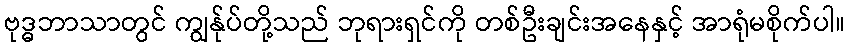
ဗုဒ္ဓဘာသာတွင် ကျွန်ုပ်တို့သည် ဘုရားရှင်ကို တစ်ဦးချင်းအနေနှင့် အာရုံမစိုက်ပါ။